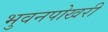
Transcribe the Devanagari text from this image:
भुवनपोखरी